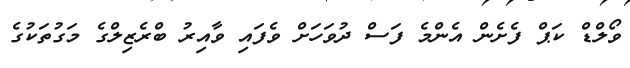
ވޯލްޑް ކަޕް ފެށެން އެންމެ ފަސް ދުވަހަށް ވެފައި ވާއިރު ބްރެޒިލްގެ މަގުތަކުގެ